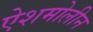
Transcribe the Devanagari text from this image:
ऐशमोलीन